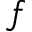
f